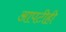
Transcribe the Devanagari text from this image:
आपटीही